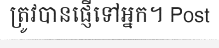
ត្រូវបានផ្ញើទៅអ្នក។ Post